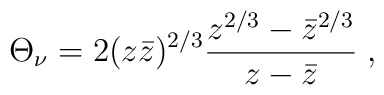
\Theta _{\nu }=2(z\bar{z})^{2/3}\frac{z^{2/3}-\bar{z}^{2/3}}{z-\bar{z}}\;,